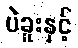
ပဲခူးနှင့်